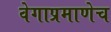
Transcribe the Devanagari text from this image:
वेगाप्रमाणेच